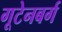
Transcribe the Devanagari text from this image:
गूटेनबर्ग